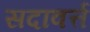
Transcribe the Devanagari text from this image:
सदावर्त्त